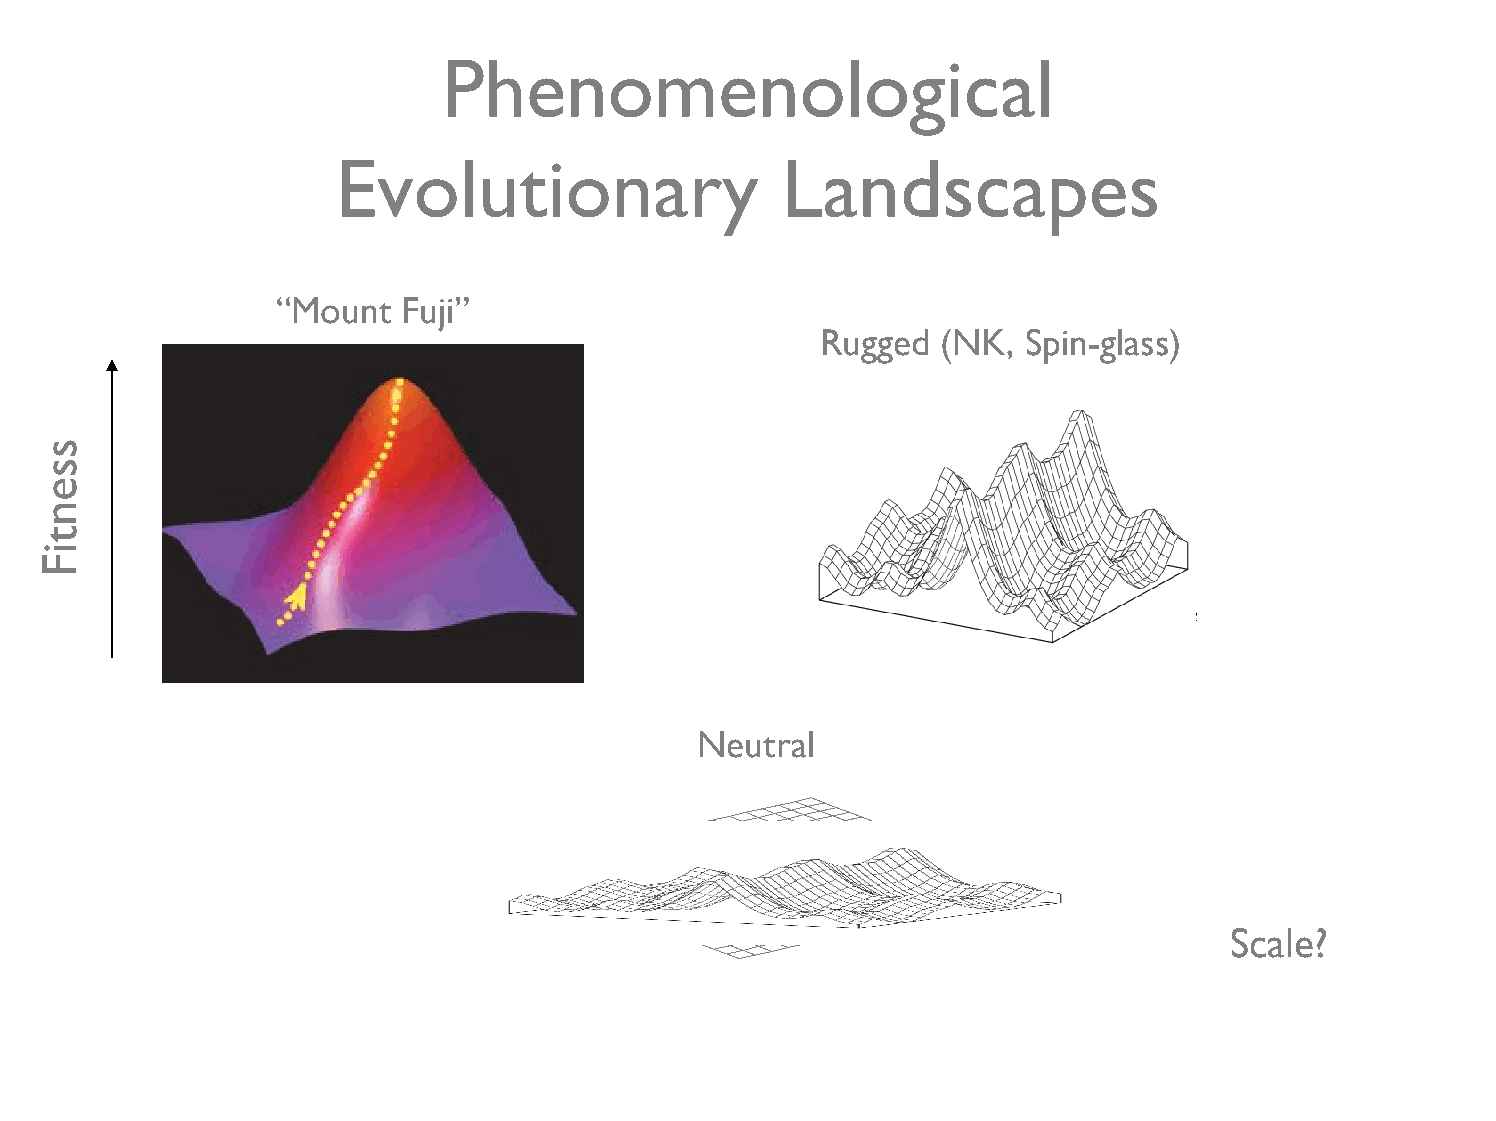
Phenomenological
 Evolutionary                  Landscapes
 “Mount   Fuji”
 Rugged  (NK,  Spin-glass)
 Neutral
 Scale?
 ssentiF